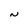
Character: N